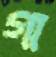
গা